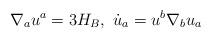
LaTeX: \begin{align*}\nabla_a u^a=3H_B,\ \dot u_a=u^b\nabla_b u_a\end{align*}